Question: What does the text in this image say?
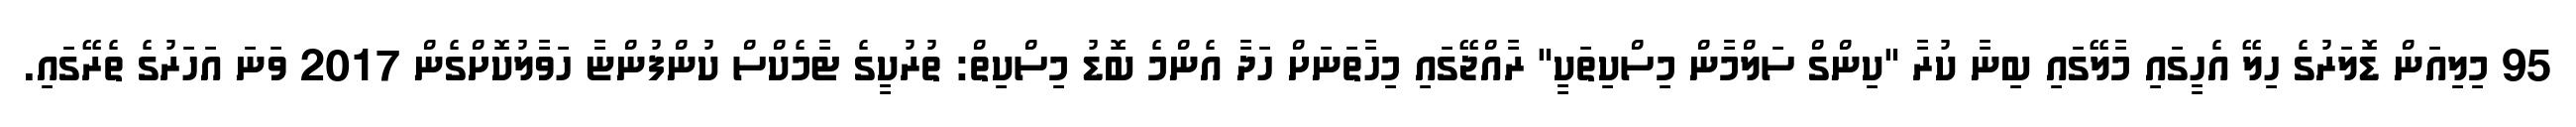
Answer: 95 މިލިއަން ޑޮލަރުގެ ހިލޭ އެހީގައި މާލޭގައި ބިނާ ކުރާ "ކިންގް ސަލްމާން މިސްކިތަކީ" ރާއްޖޭގައި މިހާތަނަށް ހަދާ އެންމެ ބޮޑު މިސްކިތް: ތުރުކީގެ ޓާމެކްސް ކުންފުންޏާ ހަވާލުކޮށްގެން 2017 ވަނަ އަހަރުގެ ތެރޭގައި.